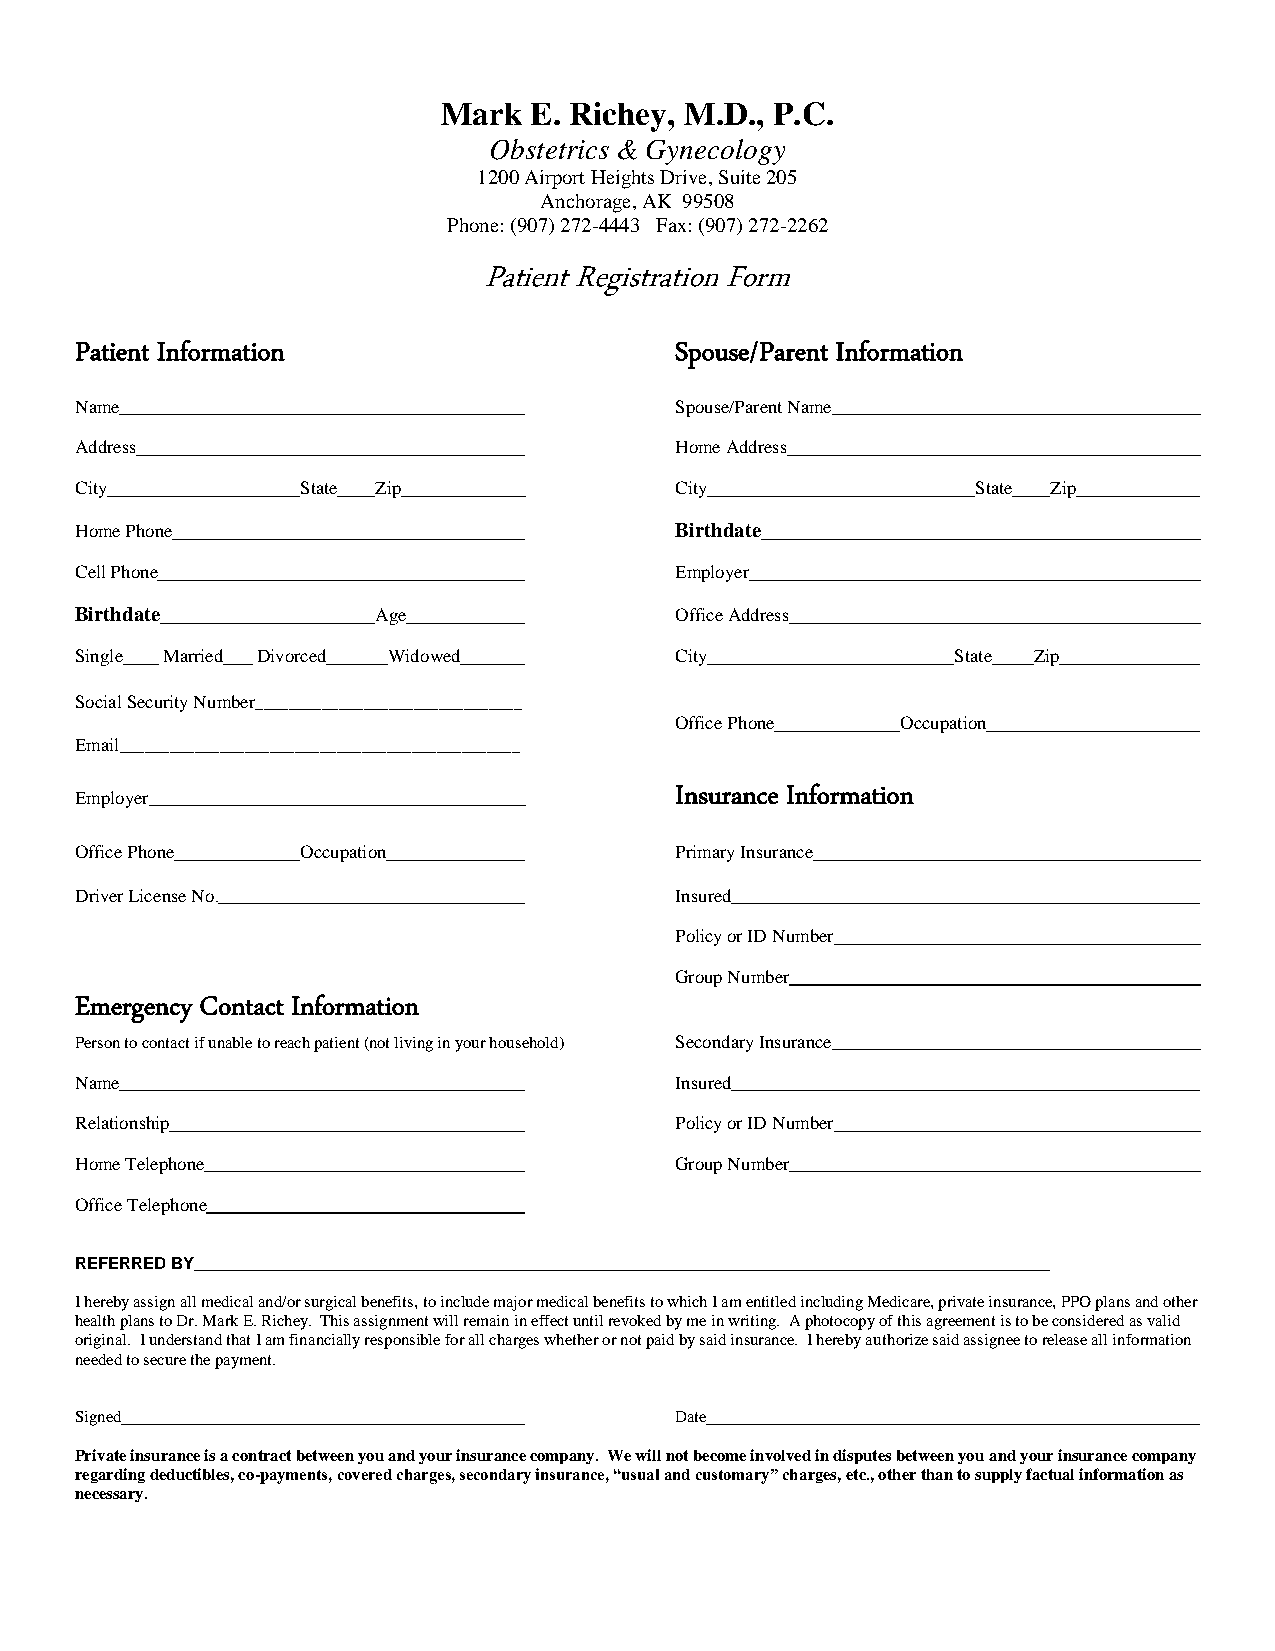
Mark  E. Richey, M.D., P.C.
 Obstetrics & Gynecology
 1200 Airport Heights Drive, Suite 205
 Anchorage, AK 99508
 Phone: (907) 272-4443 Fax: (907) 272-2262
 Patient Registration Form
 Patient Information                     Spouse/Parent Information
 Name                                    Spouse/Parent Name
 Address                                 Home Address
 City           State Zip                City                State Zip
 Home Phone                              Birthdate
 Cell Phone                              Employer
 Birthdate           Age                 Office Address
 Single Married Divorced Widowed         City              State Zip
 Social Security Number________________________________
 Office Phone   Occupation
 Email________________________________________________
 Insurance Information
 Employer
 Office Phone   Occupation               Primary Insurance
 Driver License No.                      Insured
 Policy or ID Number
 Group Number
 Emergency Contact Information
 Person to contact if unable to reach patient (not living in your household) Secondary Insurance
 Name                                    Insured
 Relationship                            Policy or ID Number
 Home Telephone                          Group Number
 Office Telephone
 REFERRED BY
 I hereby assign all medical and/or surgical benefits, to include major medical benefits to which I am entitled including Medicare, private insurance, PPO plans and other
 health plans to Dr. Mark E. Richey. This assignment will remain in effect until revoked by me in writing. A photocopy of this agreement is to be considered as valid
 original. I understand that I am financially responsible for all charges whether or not paid by said insurance. I hereby authorize said assignee to release all information
 needed to secure the payment.
 Signed                                  Date
 Private insurance is a contract between you and your insurance company. We will not become involved in disputes between you and your insurance company
 regarding deductibles, co-payments, covered charges, secondary insurance, “usual and customary” charges, etc., other than to supply factual information as
 necessary.